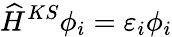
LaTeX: \widehat{H}^{KS}\phi_{i}=\varepsilon_{i}\phi_{i}